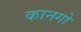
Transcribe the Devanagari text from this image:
कानगो